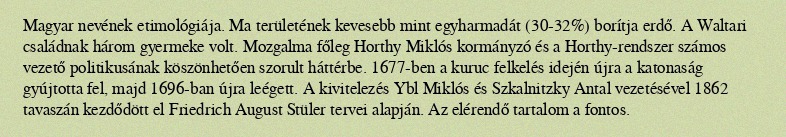
Magyar nevének etimológiája. Ma területének kevesebb mint egyharmadát (30-32%) borítja erdő. A Waltari családnak három gyermeke volt. Mozgalma főleg Horthy Miklós kormányzó és a Horthy-rendszer számos vezető politikusának köszönhetően szorult háttérbe. 1677-ben a kuruc felkelés idején újra a katonaság gyújtotta fel, majd 1696-ban újra leégett. A kivitelezés Ybl Miklós és Szkalnitzky Antal vezetésével 1862 tavaszán kezdődött el Friedrich August Stüler tervei alapján. Az elérendő tartalom a fontos.